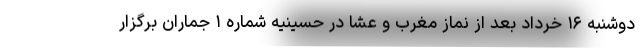
دوشنبه ۱۶ خرداد بعد از نماز مغرب و عشا در حسینیه شماره ۱ جماران برگزار